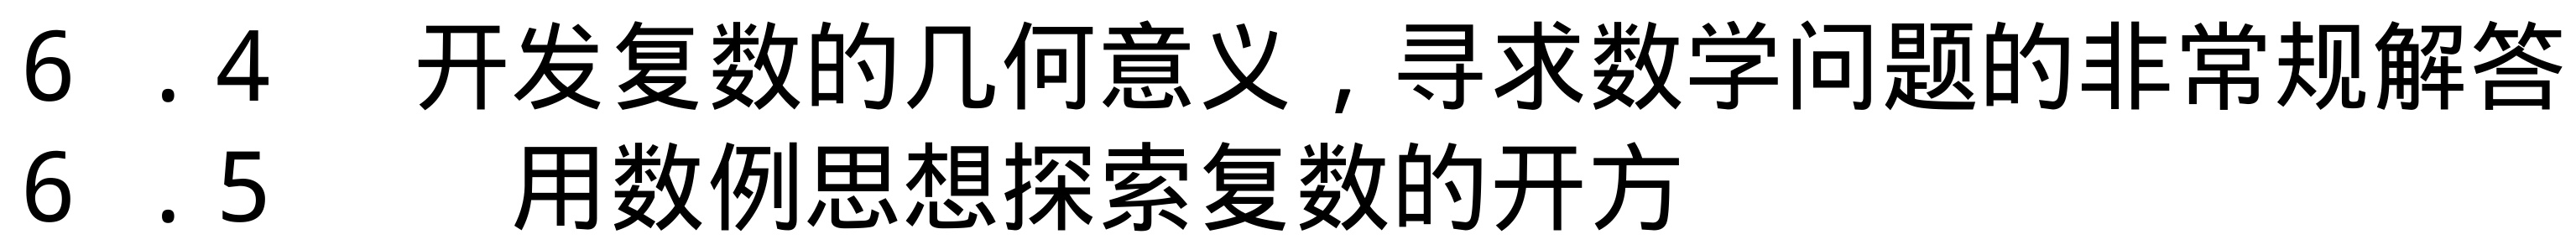
6.4 开发复数的几何意义，寻求数学问题的非常规解答
6.5 用数例思想探索复数的开方